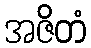
အဇိတံ